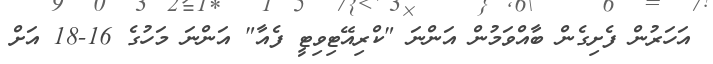
އަހަރުން ފެށިގެން ބާއްވަމުން އަންނަ "ކްރިއޭޓިވިޓީ ފެއާ" އަންނަ މަހުގެ 16-18 އަށް